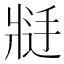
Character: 𱭑